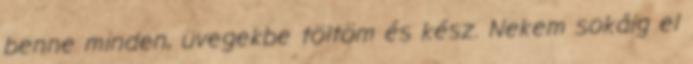
benne minden, üvegekbe töltöm és kész. Nekem sokáig el